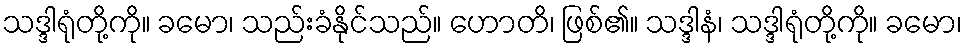
သဒ္ဒါရုံတို့ကို။ ခမော၊ သည်းခံနိုင်သည်။ ဟောတိ၊ ဖြစ်၏။ သဒ္ဒါနံ၊ သဒ္ဒါရုံတို့ကို။ ခမော၊